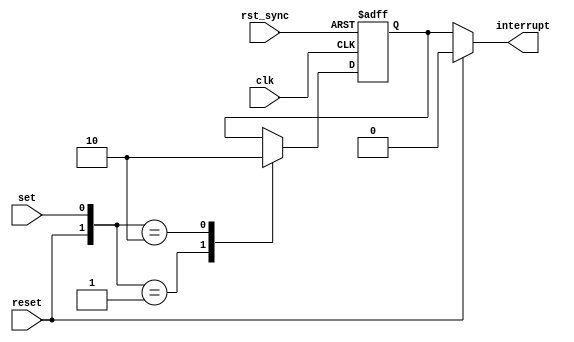
`timescale 1ns / 1ps
//****************************************************************//
//                                                                //
//  Created by       Thomas Nguyen on 1/29/19.                    //
//  Copyright c 2019 Thomas Nguyen. All rights reserved.          //
//                                                                //
//                                                                //
//  In submitting this file for class work at CSULB               //
//  I am confirming that this is my work and the work             //
//  of no one else. In submitting this code I acknowledge that    //
//  plagiarism in student project work is subject to dismissal.   //
//  from the class                                                //
//****************************************************************//
module SR_flop(clk, rst_sync, reset, set, interrupt);
   input      clk, rst_sync, reset, set;
   output     interrupt;
   reg        intr;
   
   always@(posedge clk, posedge rst_sync)
      if(rst_sync)
         intr <= 1'b0;
      else
         case({reset, set})
            {1'b0, 1'b1}: intr <= 1'b1;
            {1'b1, 1'b0}: intr <= 1'b0;
            default:      intr <= intr;
         endcase
         
   assign interrupt = reset ? 1'b0 : intr;

endmodule